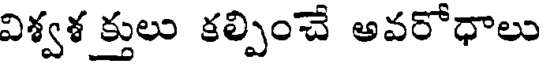
విశ్వశ క్తులు కల్పించే అవరోధాలు